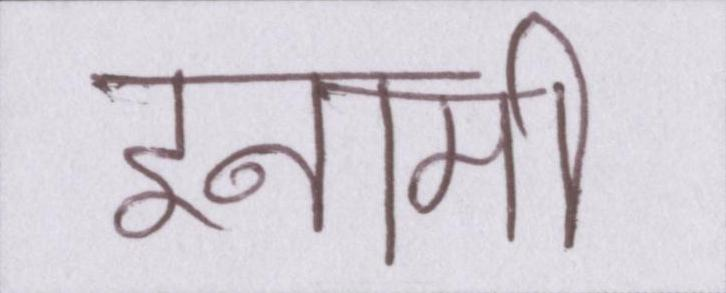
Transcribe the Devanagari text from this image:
इनामी